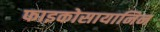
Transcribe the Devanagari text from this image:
फाइकोसायानिन